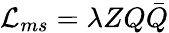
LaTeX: {\cal L}_{ms}=\lambda ZQ\bar{Q}